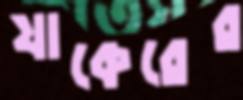
যাকেরের